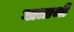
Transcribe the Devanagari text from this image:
घाताची